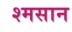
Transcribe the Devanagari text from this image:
श्मसान